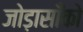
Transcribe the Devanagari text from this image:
जोड़ासाँको